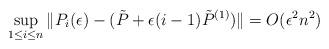
LaTeX: \begin{align*}\sup_{1\le i \le n} \| P_i(\epsilon) - (\tilde{P} + \epsilon(i-1)\tilde{P}^{(1)})\| = O(\epsilon^2 n^2)\end{align*}